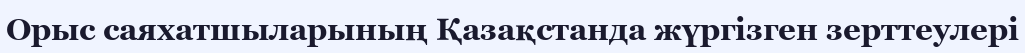
Орыс саяхатшыларының Қазақстанда жүргізген зерттеулері